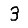
Digit: 3